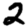
Digit: 2